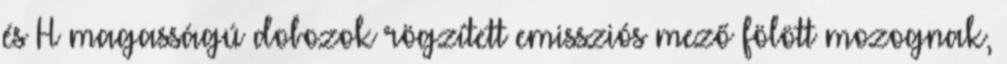
és H magasságú dobozok rögzített emissziós mező fölött mozognak,